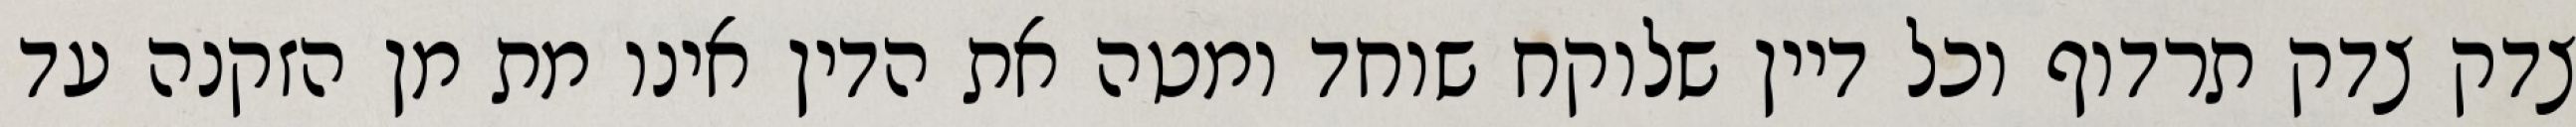
צדק צדק תרדוף וכל דיין שלוקח שוחד ומטה את הדין אינו מת מן הזקנה עד